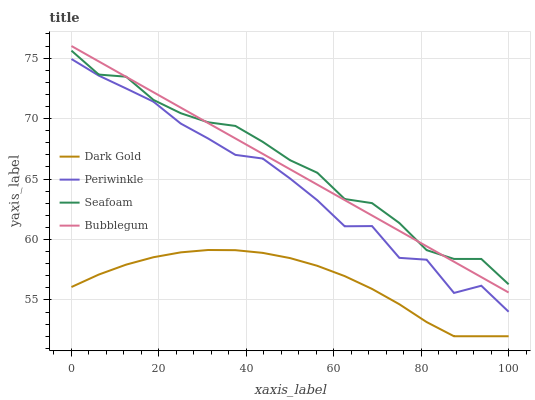
| xaxis_label | Dark Gold | Periwinkle | Seafoam | Bubblegum |
 | --- | --- | --- | --- | --- |
 | 0 | 56.1 | 74.9 | 75.6 | 76 |
 | 6.25 | 57.1 | 73.6 | 73.6 | 74.7 |
 | 12.5 | 57.9 | 72.5 | 73.5 | 73.5 |
 | 18.8 | 58.5 | 71.4 | 71.5 | 72.2 |
 | 25 | 58.9 | 69.6 | 70.4 | 70.9 |
 | 31.2 | 59.1 | 68.4 | 69.7 | 69.6 |
 | 37.5 | 59.1 | 67 | 69.4 | 68.4 |
 | 43.8 | 58.9 | 66.7 | 68.1 | 67.1 |
 | 50 | 58.5 | 65 | 66.6 | 65.8 |
 | 56.2 | 57.8 | 63.2 | 65.5 | 64.5 |
 | 62.5 | 57 | 61.1 | 63.3 | 63.3 |
 | 68.8 | 55.9 | 61.1 | 63 | 62 |
 | 75 | 54.6 | 58.5 | 61.4 | 60.7 |
 | 81.2 | 53.2 | 58.3 | 59.1 | 59.4 |
 | 87.5 | 52 | 55.6 | 58.4 | 58.2 |
 | 93.8 | 52 | 56.2 | 58.4 | 56.9 |
 | 100 | 52 | 54 | 56.3 | 55.6 |